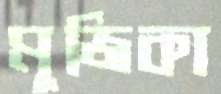
মুজিকা